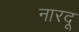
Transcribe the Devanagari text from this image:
नारदू